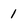
Character: 1